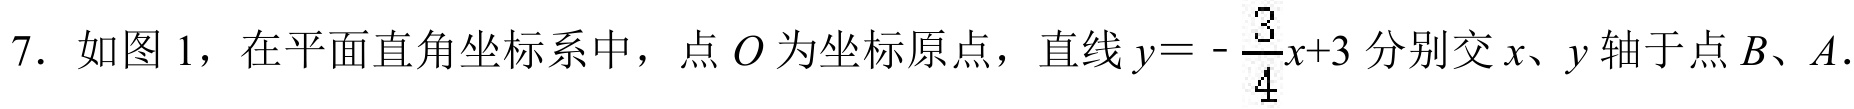
7. 如图 1，在平面直角坐标系中，点 \(O\) 为坐标原点，直线 \(y = -\frac{3}{4}x + 3\) 分别交 \(x\)、\(y\) 轴于点 \(B\)、\(A\).